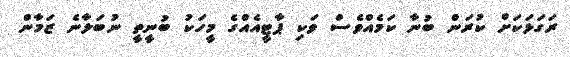
ރަގަޅަކަށް ކުރަން ބުނާ ކަމެއްވެސް ވަކި ޕާޓީއެއްގެ މީހަކު ބުނީތީ ނުބަލާނެ ޒަމާން